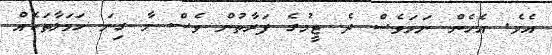
އެވެ. އެހެން ނަމަވެސް ދެ ޓީމުގެ ފަރާތުން ވެސް މާ ގިނަ ހަމަލާތަކެއް